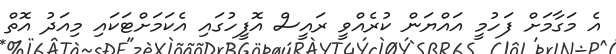
އެ މަގާމަށް ފަހުމީ އައްޔަން ކުރެއްވީ ރައީސް އޮފީހުގައި އެކަމަށްޓަކައި މިއަދު އޮތް